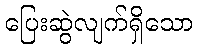
ပြေးဆွဲလျက်ရှိသော